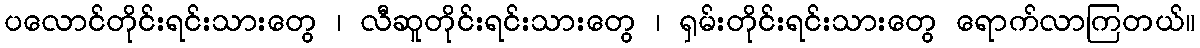
ပလောင်တိုင်းရင်းသားတွေ ၊ လီဆူတိုင်းရင်းသားတွေ ၊ ရှမ်းတိုင်းရင်းသားတွေ ရောက်လာကြတယ်။